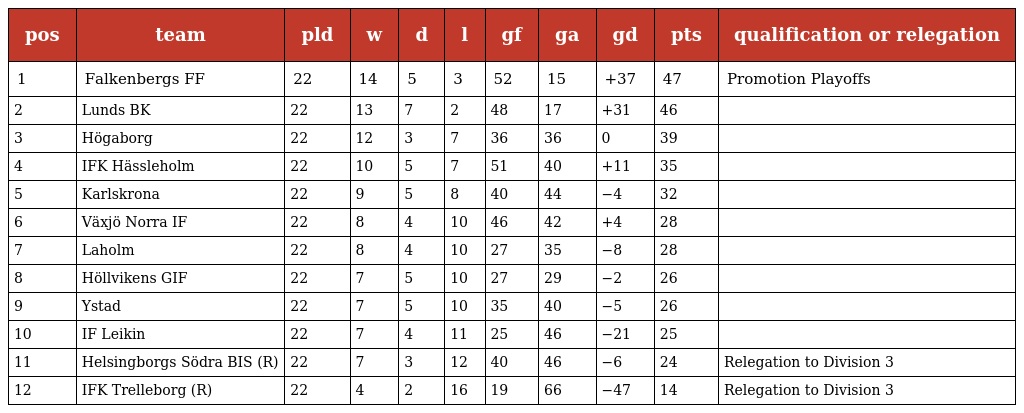
| pos | team | pld | w | d | l | gf | ga | gd | pts | qualification or relegation |
 | --- | --- | --- | --- | --- | --- | --- | --- | --- | --- | --- |
 | 1 | Falkenbergs FF | 22 | 14 | 5 | 3 | 52 | 15 | +37 | 47 | Promotion Playoffs |
 | 2 | Lunds BK | 22 | 13 | 7 | 2 | 48 | 17 | +31 | 46 |  |
 | 3 | Högaborg | 22 | 12 | 3 | 7 | 36 | 36 | 0 | 39 |  |
 | 4 | IFK Hässleholm | 22 | 10 | 5 | 7 | 51 | 40 | +11 | 35 |  |
 | 5 | Karlskrona | 22 | 9 | 5 | 8 | 40 | 44 | −4 | 32 |  |
 | 6 | Växjö Norra IF | 22 | 8 | 4 | 10 | 46 | 42 | +4 | 28 |  |
 | 7 | Laholm | 22 | 8 | 4 | 10 | 27 | 35 | −8 | 28 |  |
 | 8 | Höllvikens GIF | 22 | 7 | 5 | 10 | 27 | 29 | −2 | 26 |  |
 | 9 | Ystad | 22 | 7 | 5 | 10 | 35 | 40 | −5 | 26 |  |
 | 10 | IF Leikin | 22 | 7 | 4 | 11 | 25 | 46 | −21 | 25 |  |
 | 11 | Helsingborgs Södra BIS (R) | 22 | 7 | 3 | 12 | 40 | 46 | −6 | 24 | Relegation to Division 3 |
 | 12 | IFK Trelleborg (R) | 22 | 4 | 2 | 16 | 19 | 66 | −47 | 14 | Relegation to Division 3 |